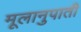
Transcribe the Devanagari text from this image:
मूलानुपाती